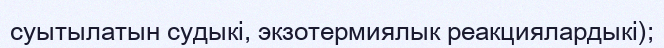
суытылатын судыкі, экзотермиялык реакциялардыкі);